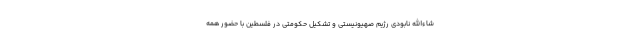
‌شاءالله نابودی رژیم صهیونیستی و تشکیل حکومتی در فلسطین با حضور همه